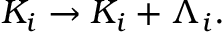
K _ { i } \rightarrow K _ { i } + \Lambda _ { i } .